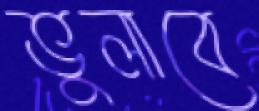
ভুলাবে